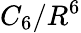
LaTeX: C_{6}/R^{6}